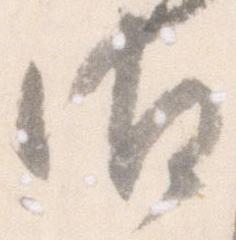
御